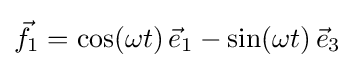
{\vec {f}}_{1}=\cos(\omega t)\,{\vec {e}}_{1}-\sin(\omega t)\,{\vec {e}}_{3}